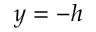
y = - h